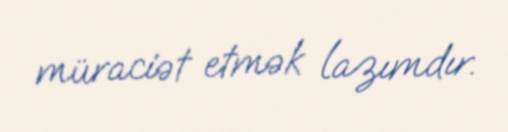
müraciət etmək lazımdır.